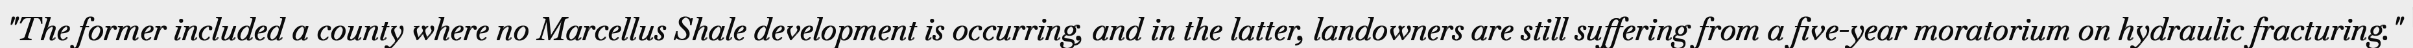
"The former included a county where no Marcellus Shale development is occurring, and in the latter, landowners are still suffering from a five-year moratorium on hydraulic fracturing."